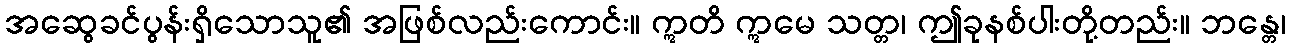
အဆွေခင်ပွန်းရှိသောသူ၏ အဖြစ်လည်းကောင်း။ ဣတိ ဣမေ သတ္တ၊ ဤခုနစ်ပါးတို့တည်း။ ဘန္တေ၊